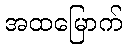
အထမြောက်